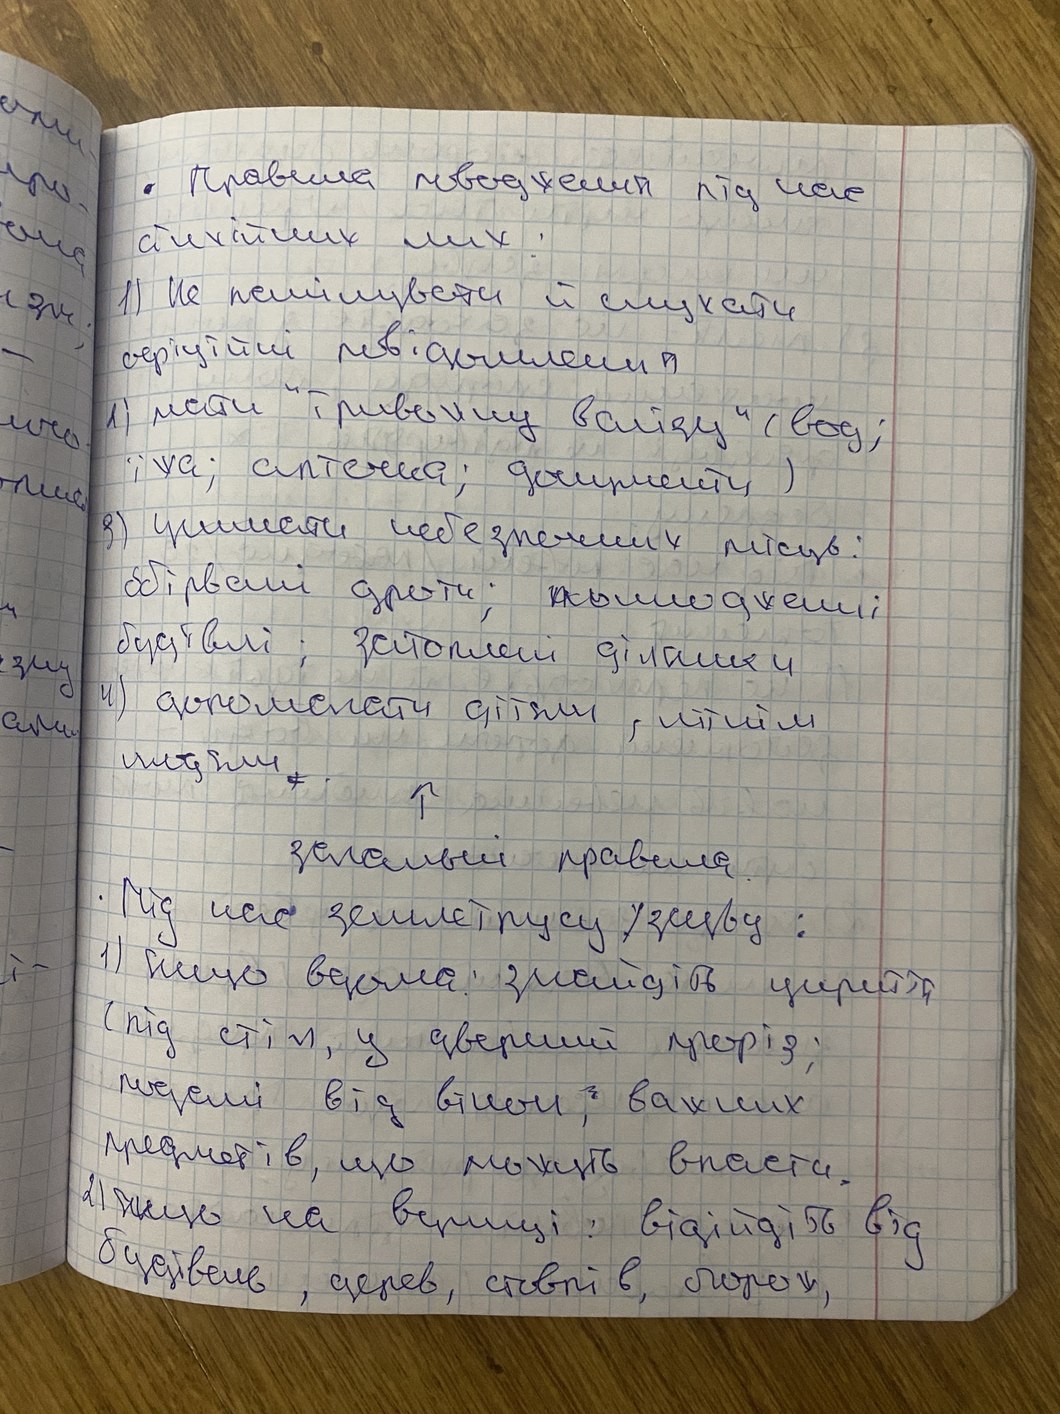
оми-
іро-
⋅ Правила поводження під час
она
стихійних лих:
1) Не панікувати й слухати
офіційні повідомлення
2) мати "тривожну валізу" (вод;
їжа; аптечка; документи)
3) уникати небезпечних місць:
обірвані дроти; пошкоджені
будівлі; затоплені ділянки
зиу
4) допомагати дітям, літнім
ами
людям ~~,~~ .
↑
загальні правила
⋅ Під час землетрусу / зсуву:
1) якщо вдома: знайдіть укриття
і -
(під стіл; у дверний проріз;
подалі від вікон; важких
предметів, що можуть впасти.
2) якщо на вулиці: відійдіть від
будівель, дерев, стовпів, огорож,